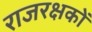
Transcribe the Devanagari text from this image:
राजरक्षकों